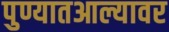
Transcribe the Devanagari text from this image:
पुण्यातआल्यावर